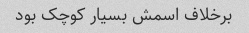
برخلاف اسمش بسیار کوچک بود